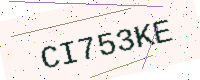
Text: CI753KE